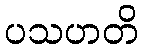
ပသဟတိ